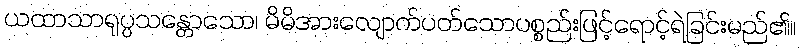
ယထာသာရုပ္ပသန္တောသော၊ မိမိအားလျောက်ပတ်သောပစ္စည်းဖြင့်ရောင့်ရဲခြင်းမည်၏။